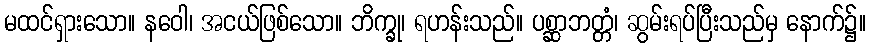
မထင်ရှားသော။ နဝေါ၊ အငယ်ဖြစ်သော။ ဘိက္ခု၊ ရဟန်းသည်။ ပစ္ဆာဘတ္တံ၊ ဆွမ်းရပ်ပြီးသည်မှ နောက်၌။